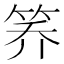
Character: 𰩸